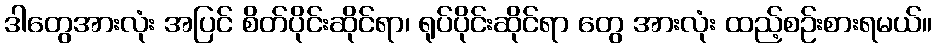
ဒါတွေအားလုံး အပြင် စိတ်ပိုင်းဆိုင်ရာ၊ ရုပ်ပိုင်းဆိုင်ရာ တွေ အားလုံး ထည့်စဉ်းစားရမယ်။